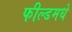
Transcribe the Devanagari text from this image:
फील्डमधे